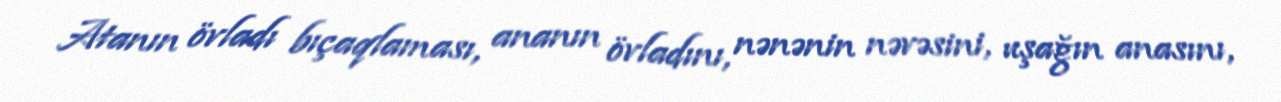
Atanın övladı bıçaqlaması, ananın övladını, nənənin nəvəsini, uşağın anasını,